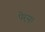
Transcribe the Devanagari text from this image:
पेर्‍य्।